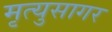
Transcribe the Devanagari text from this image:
मृत्युसागर